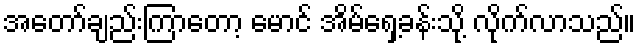
အတော်ချည်းကြာတော့ မောင် အိမ်ရှေ့ခန်းသို့ လိုက်လာသည်။